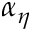
\alpha _ { \eta }